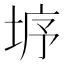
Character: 垿